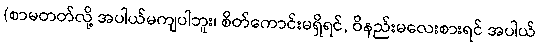
(စာမတတ်လို့ အပါယ်မကျပါဘူး၊ စိတ်ကောင်းမရှိရင်, ဝိနည်းမလေးစားရင် အပါယ်